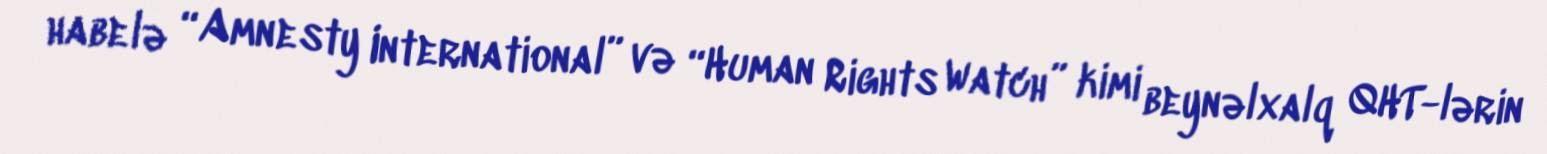
habelə “Amnesty International” və “Human Rights Watch” kimi beynəlxalq QHT-lərin